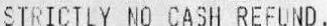
STRICTLY NO CASH REFUND.